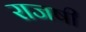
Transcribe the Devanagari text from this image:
राजषी